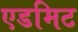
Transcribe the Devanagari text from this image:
एडमिट